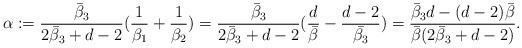
LaTeX: \begin{align*}\alpha:=\frac{\bar{\beta}_3}{2 \bar{\beta}_3 + d - 2}(\frac{1}{\beta_1} + \frac{1}{\beta_2}) = \frac{\bar{\beta}_3}{2 \bar{\beta}_3 + d - 2}(\frac{d}{\bar{\beta}}- \frac{d-2}{\bar{\beta_3}}) = \frac{\bar{\beta}_3 d - (d-2) \bar{\beta}}{\bar{\beta} (2 \bar{\beta}_3 + d - 2)}.\end{align*}